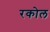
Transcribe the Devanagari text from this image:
रकोल